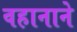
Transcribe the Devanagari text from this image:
वहानाने